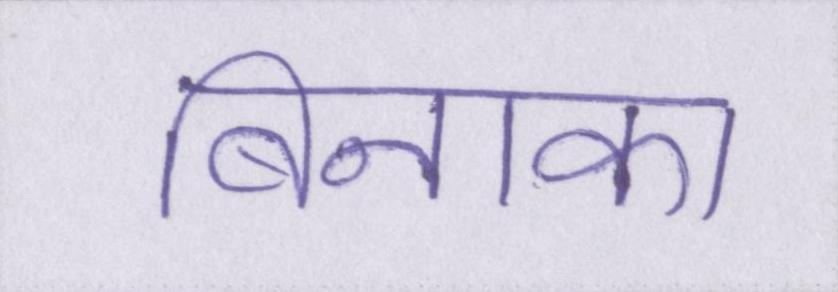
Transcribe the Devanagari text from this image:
बिनाका